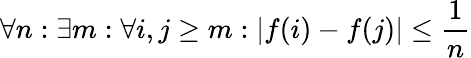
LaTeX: \forall n:\exists m:\forall i,j\geq m:|f(i)-f(j)|\leq{\frac{1}{n}}